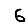
Digit: 6